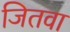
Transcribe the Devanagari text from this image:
जितवा